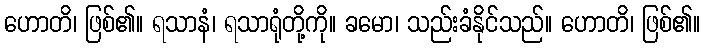
ဟောတိ၊ ဖြစ်၏။ ရသာနံ၊ ရသာရုံတို့ကို။ ခမော၊ သည်းခံနိုင်သည်။ ဟောတိ၊ ဖြစ်၏။